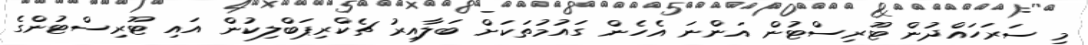
މި ސަރަހައްދުން ޓޫރިސްޓުން އަންނަ އެހެން ގައުމުތަކަށް ބަލާއިރު ޗެކްރިޕަބްލިކުން އައި ޓޫރިސްޓުންގެ